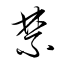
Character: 禁